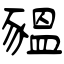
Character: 豱